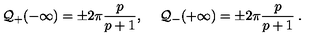
{ \cal Q } _ { + } ( - \infty ) = \pm 2 \pi \frac { p } { p + 1 } , \quad \: { \cal Q } _ { - } ( + \infty ) = \pm 2 \pi \frac { p } { p + 1 } \: .